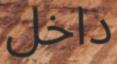
داخل